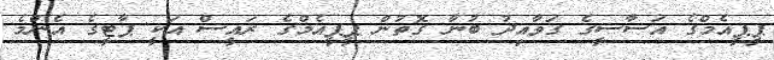
ޕީޕީއެމްގެ އަސާސީގެ ގަވާއިދު ބުނާ ގޮތުން ޕީޕީއެމްގެ ރައީސް އަކީ ޕާޓީގެ އެންމެ